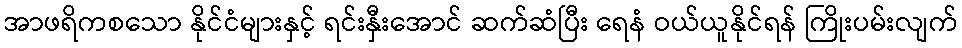
အာဖရိကစသော နိုင်ငံများနှင့် ရင်းနှီးအောင် ဆက်ဆံပြီး ရေနံ ဝယ်ယူနိုင်ရန် ကြိုးပမ်းလျက်